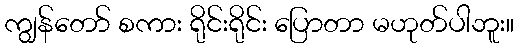
ကျွန်တော် စကား ရိုင်းရိုင်း ပြောတာ မဟုတ်ပါဘူး။